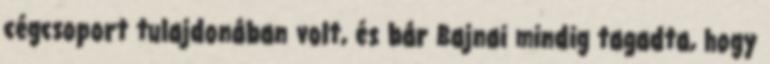
cégcsoport tulajdonában volt, és bár Bajnai mindig tagadta, hogy